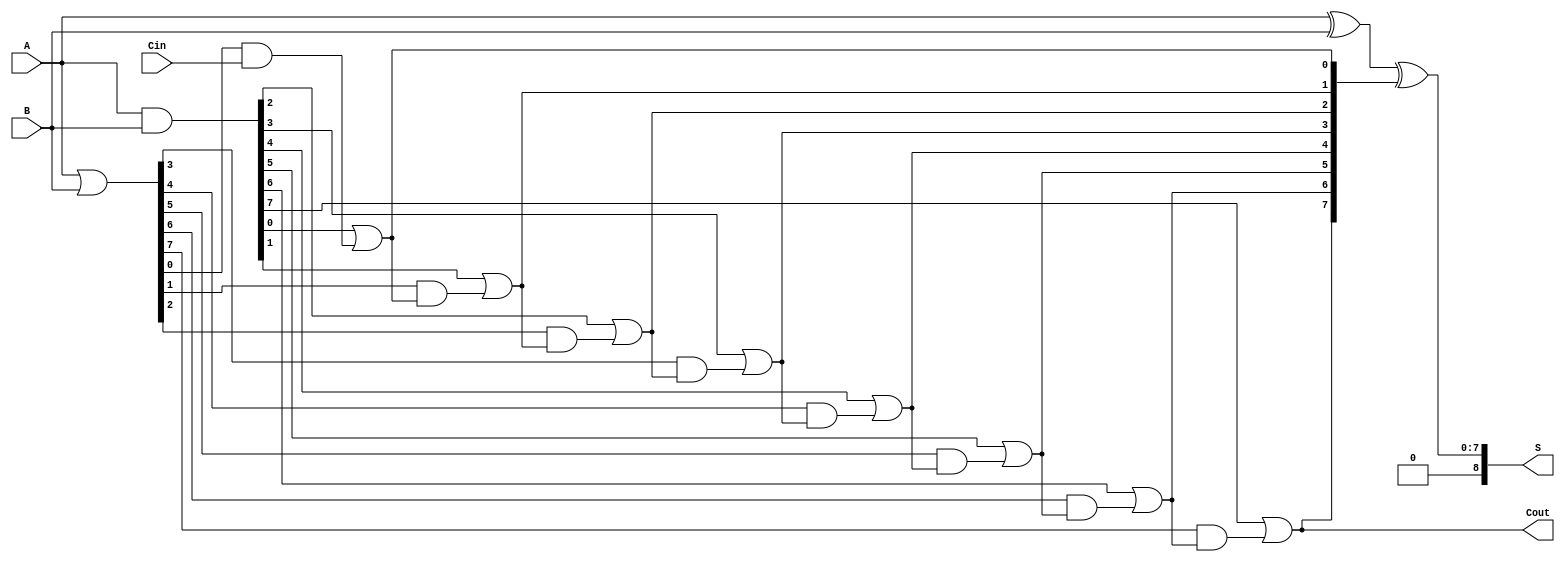
module PrecomputationCarryAdder #(parameter N = 8) (
    input  wire [N-1:0] A,      // First n-bit input
    input  wire [N-1:0] B,      // Second n-bit input
    input  wire Cin,             // Carry-in
    output wire [N:0] S,         // (n+1)-bit sum output
    output wire Cout             // Carry-out
);

    // Generate and propagate signals
    wire [N-1:0] G; // Generate signals
    wire [N-1:0] P; // Propagate signals
    wire [N:0] C;   // Carry signals

    // Generate and propagate calculations
    assign G = A & B;          // G[i] = A[i] * B[i]
    assign P = A | B;          // P[i] = A[i] + B[i]

    // Carry calculations
    assign C[0] = Cin;         // C[0] = Cin
    genvar i;
    generate
        for (i = 1; i <= N; i = i + 1) begin : carry_calc
            assign C[i] = G[i-1] | (P[i-1] & C[i-1]); // C[i] = G[i-1] + (P[i-1] * C[i-1])
        end
    endgenerate

    // Sum calculations
    assign S = A ^ B ^ C[N:1];  // S[i] = A[i] ^ B[i] ^ C[i]

    // Carry-out
    assign Cout = C[N];         // Cout = C[n]

endmodule